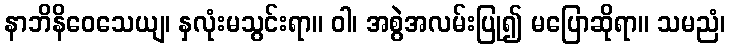
နာဘိနိဝေသေယျ၊ နှလုံးမသွင်းရာ။ ဝါ၊ အစွဲအလမ်းပြု၍ မပြောဆိုရာ။ သမညံ၊